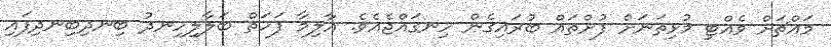
މައްޗަށް ވެއްޓި މުޅިތަނަށް ފުށްތައް ބުރައިގެން ހިނގައްޖެއެވެ. އާލިމާ ފަހަތް ބަލާލިހިނދު ބިނދިބިނދިފައި